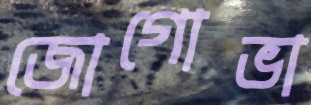
জোগোভা